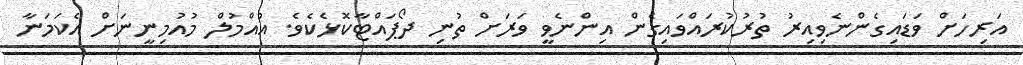
އަރިހަށް ވަޑައިގެންނެވިއިރު ތުރުކުރައްވައިގެން އިންނެވީ ވަރަށް ތުނި ދޯޕައްޓާކޮޅެކެވެ. އުއްމުލް މުއުމިނީނަށް އެކަމަނާ